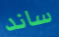
ساند